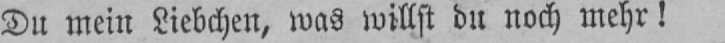
Du mein Liebchen, was willst du noch mehr!